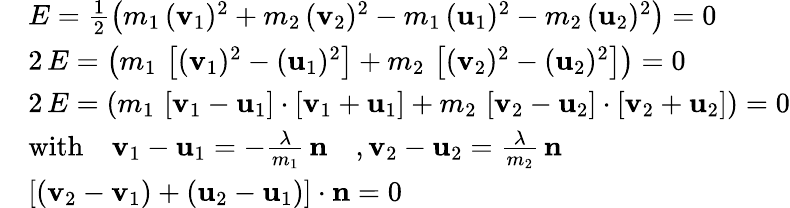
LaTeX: \begin{array}{rl}&{E=\frac{1}{2}\left(m_{1}\, (\mathbf{v}_{1})^{2}+m_{2}\, (\mathbf{v}_{2})^{2}-m_{1}\, (\mathbf{u}_{1})^{2}-m_{2}\, (\mathbf{u}_{2})^{2}\right)=0}\\ &{2\, E=\left(m_{1}\, \left[(\mathbf{v}_{1})^{2}-(\mathbf{u}_{1})^{2}\right]+m_{2}\, \left[(\mathbf{v}_{2})^{2}-(\mathbf{u}_{2})^{2}\right]\right)=0}\\ &{2\, E=\left(m_{1}\, \left[\mathbf{v}_{1}-\mathbf{u}_{1}\right]\cdot\left[\mathbf{v}_{1}+\mathbf{u}_{1}\right]+m_{2}\, \left[\mathbf{v}_{2}-\mathbf{u}_{2}\right]\cdot\left[\mathbf{v}_{2}+\mathbf{u}_{2}\right]\right)=0}\\ &{\mathrm{with}\quad\mathbf{v}_{1}-\mathbf{u}_{1}=-\frac{\lambda}{m_{1}}\, \mathbf n\quad,\mathbf{v}_{2}-\mathbf{u}_{2}=\frac{\lambda}{m_{2}}\, \mathbf n}\\ &{\left[(\mathbf v_{2}-\mathbf{v}_{1})+(\mathbf u_{2}-\mathbf u_{1})\right]\cdot\mathbf n=0}\end{array}